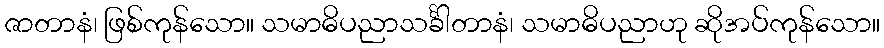
ဇာတာနံ၊ ဖြစ်ကုန်သော။ သမာဓိပညာသင်္ခါတာနံ၊ သမာဓိပညာဟု ဆိုအပ်ကုန်သော။